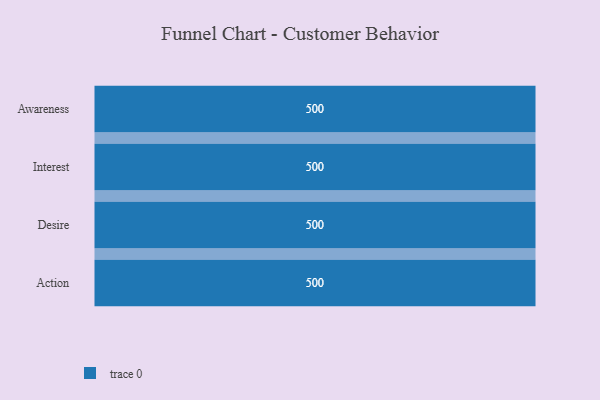
{"axis": {"x": "Stage", "y": "Value"}, "legend": [""], "data": [{"x": "Awareness", "y": 500, "type": ""}, {"x": "Interest", "y": 500, "type": ""}, {"x": "Desire", "y": 500, "type": ""}, {"x": "Action", "y": 500, "type": ""}]}